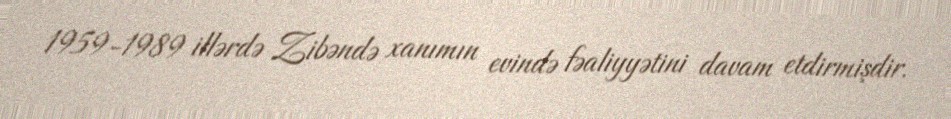
1959-1989 illərdə Zibəndə xanımın evində fəaliyyətini davam etdirmişdir.